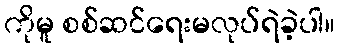
ကိုမူ စစ်ဆင်ရေးမလုပ်ရဲခဲ့ပါ။